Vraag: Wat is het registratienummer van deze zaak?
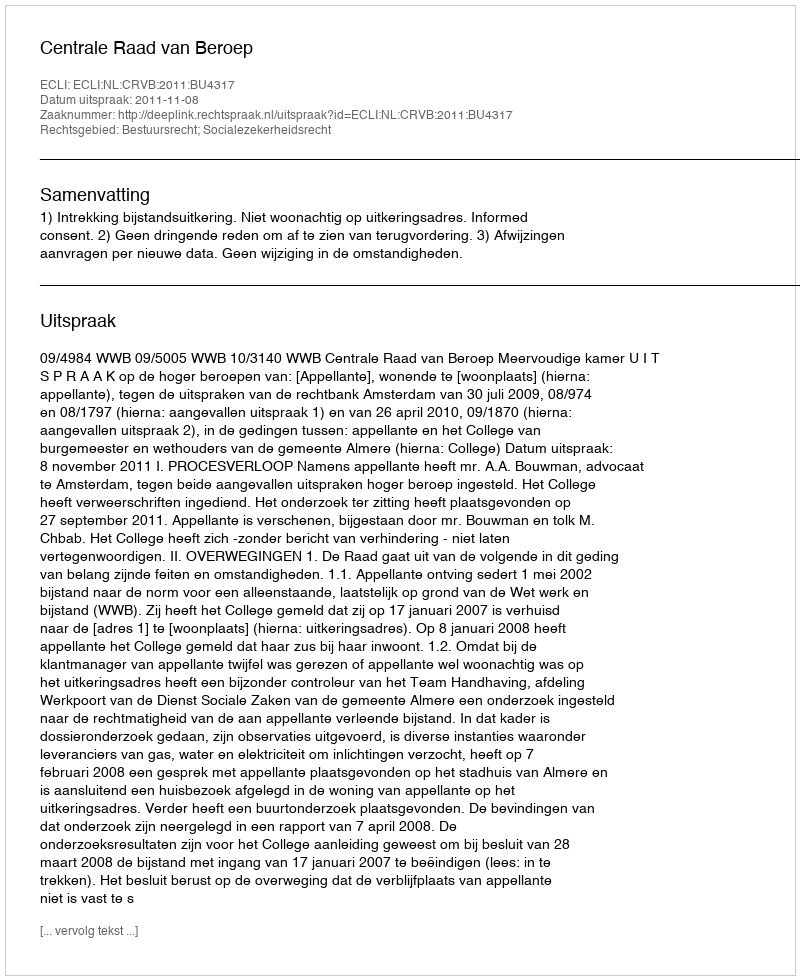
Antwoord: http://deeplink.rechtspraak.nl/uitspraak?id=ECLI:NL:CRVB:2011:BU4317